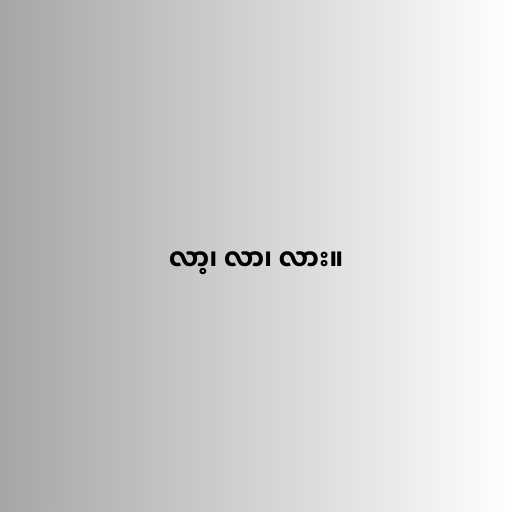
လာ့၊ လာ၊ လား။